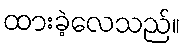
ထားခဲ့လေသည်။